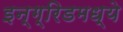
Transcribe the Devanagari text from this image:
इन्ग्रिडमध्ये